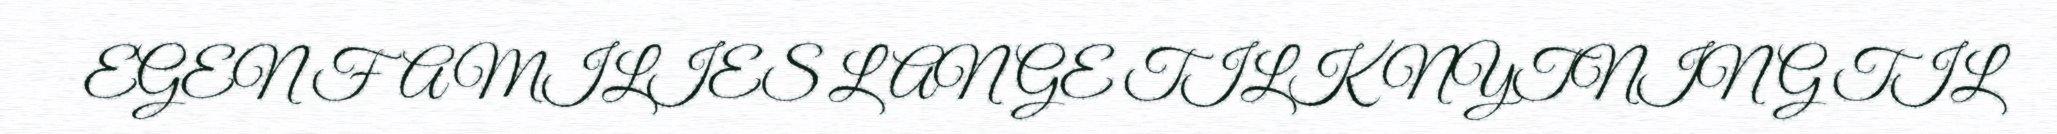
EGEN FAMILIES LANGE TILKNYTNING TIL